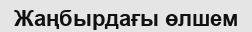
Жаңбырдағы өлшем